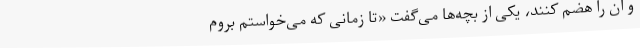
و آن را هضم کنند، یکی از بچه‌ها می‌گفت «تا زمانی که می‌خواستم بروم